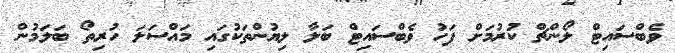
ވެބްސައިޓް ލޯންޗް ކުރުމަށް ފަހު ވެބްސައިޓް ބަލާ ލިޔުންތަކުގައި މައްސަލަ ހުރިތޯ ބަލަމުން